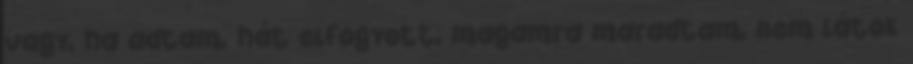
vagy, ha adtam, hát elfogyott, magamra maradtam, nem látok